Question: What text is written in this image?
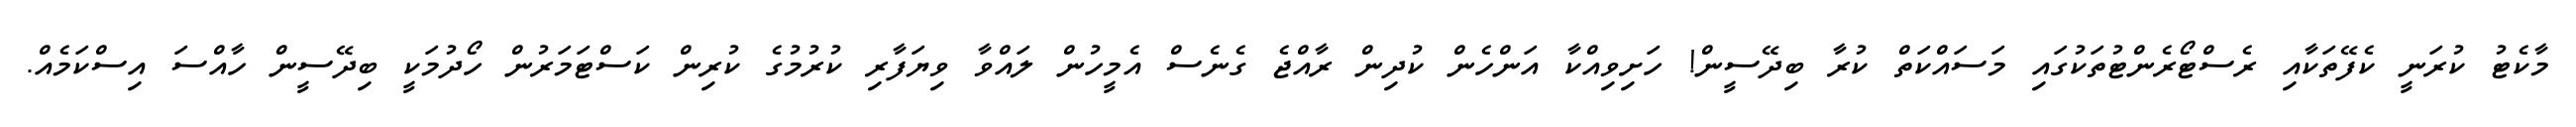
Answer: މާކެޓު ކުރަނީ ކެފޭތަކާއި ރެސްޓޯރެންޓުތަކުގައި މަސައްކަތް ކުރާ ބިދޭސީން! ހަށިވިއްކާ އަންހެން ކުދިން ރާއްޖެ ގެނެސް އެމީހުން ލައްވާ ވިޔަފާރި ކުރުމުގެ ކުރިން ކަސްޓަމަރުން ހޯދުމަކީ ބިދޭސީން ހާއްސަ އިސްކަމެއް.